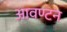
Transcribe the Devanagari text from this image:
आवण्टन